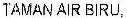
TAMAN AIR BIRU,